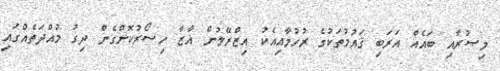
މިޞުރާއި ބައެއް އަރަބި ޤައުމުތަކުގެ ރުހުމާއިއެކު އިޒްރޭލުން ޣާޒާ ހިސޯރުކޮށްގެން ދިގު މުއްދަތެއްގައި